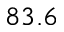
8 3 . 6